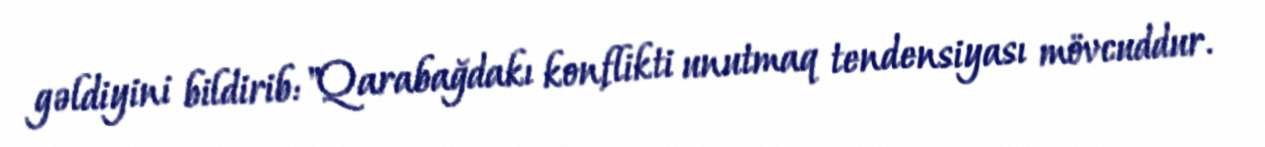
gəldiyini bildirib: "Qarabağdakı konflikti unutmaq tendensiyası mövcuddur.